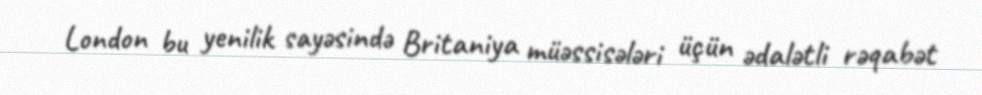
London bu yenilik sayəsində Britaniya müəssisələri üçün ədalətli rəqabət